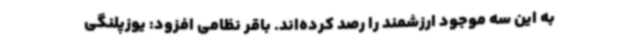
به این سه موجود ارزشمند را رصد کرده‌اند. باقر نظامی افزود: یوزپلنگی